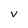
Character: V